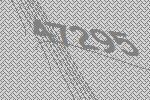
47295